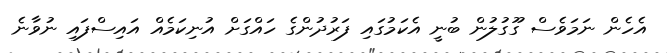
އެހެން ނަމަވެސް ގޫގުލުން ބުނީ އެކަމުގައި ފަރުދުންގެ ހައްގަށް އުނިކަމެއް އައިސްފައި ނުވާނެ